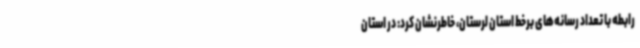
رابطه با تعداد رسانه‌های برخط استان لرستان، خاطرنشان کرد: در استان